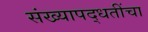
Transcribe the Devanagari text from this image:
संख्यापद्धतींचा